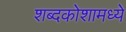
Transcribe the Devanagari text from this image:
शब्दकोशामध्ये